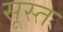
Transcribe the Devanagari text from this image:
सूस्त